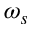
\omega _ { s }